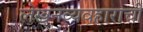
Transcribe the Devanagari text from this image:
लेखनव्यवहाराची